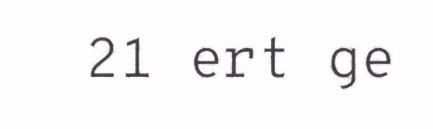
21 ert ge